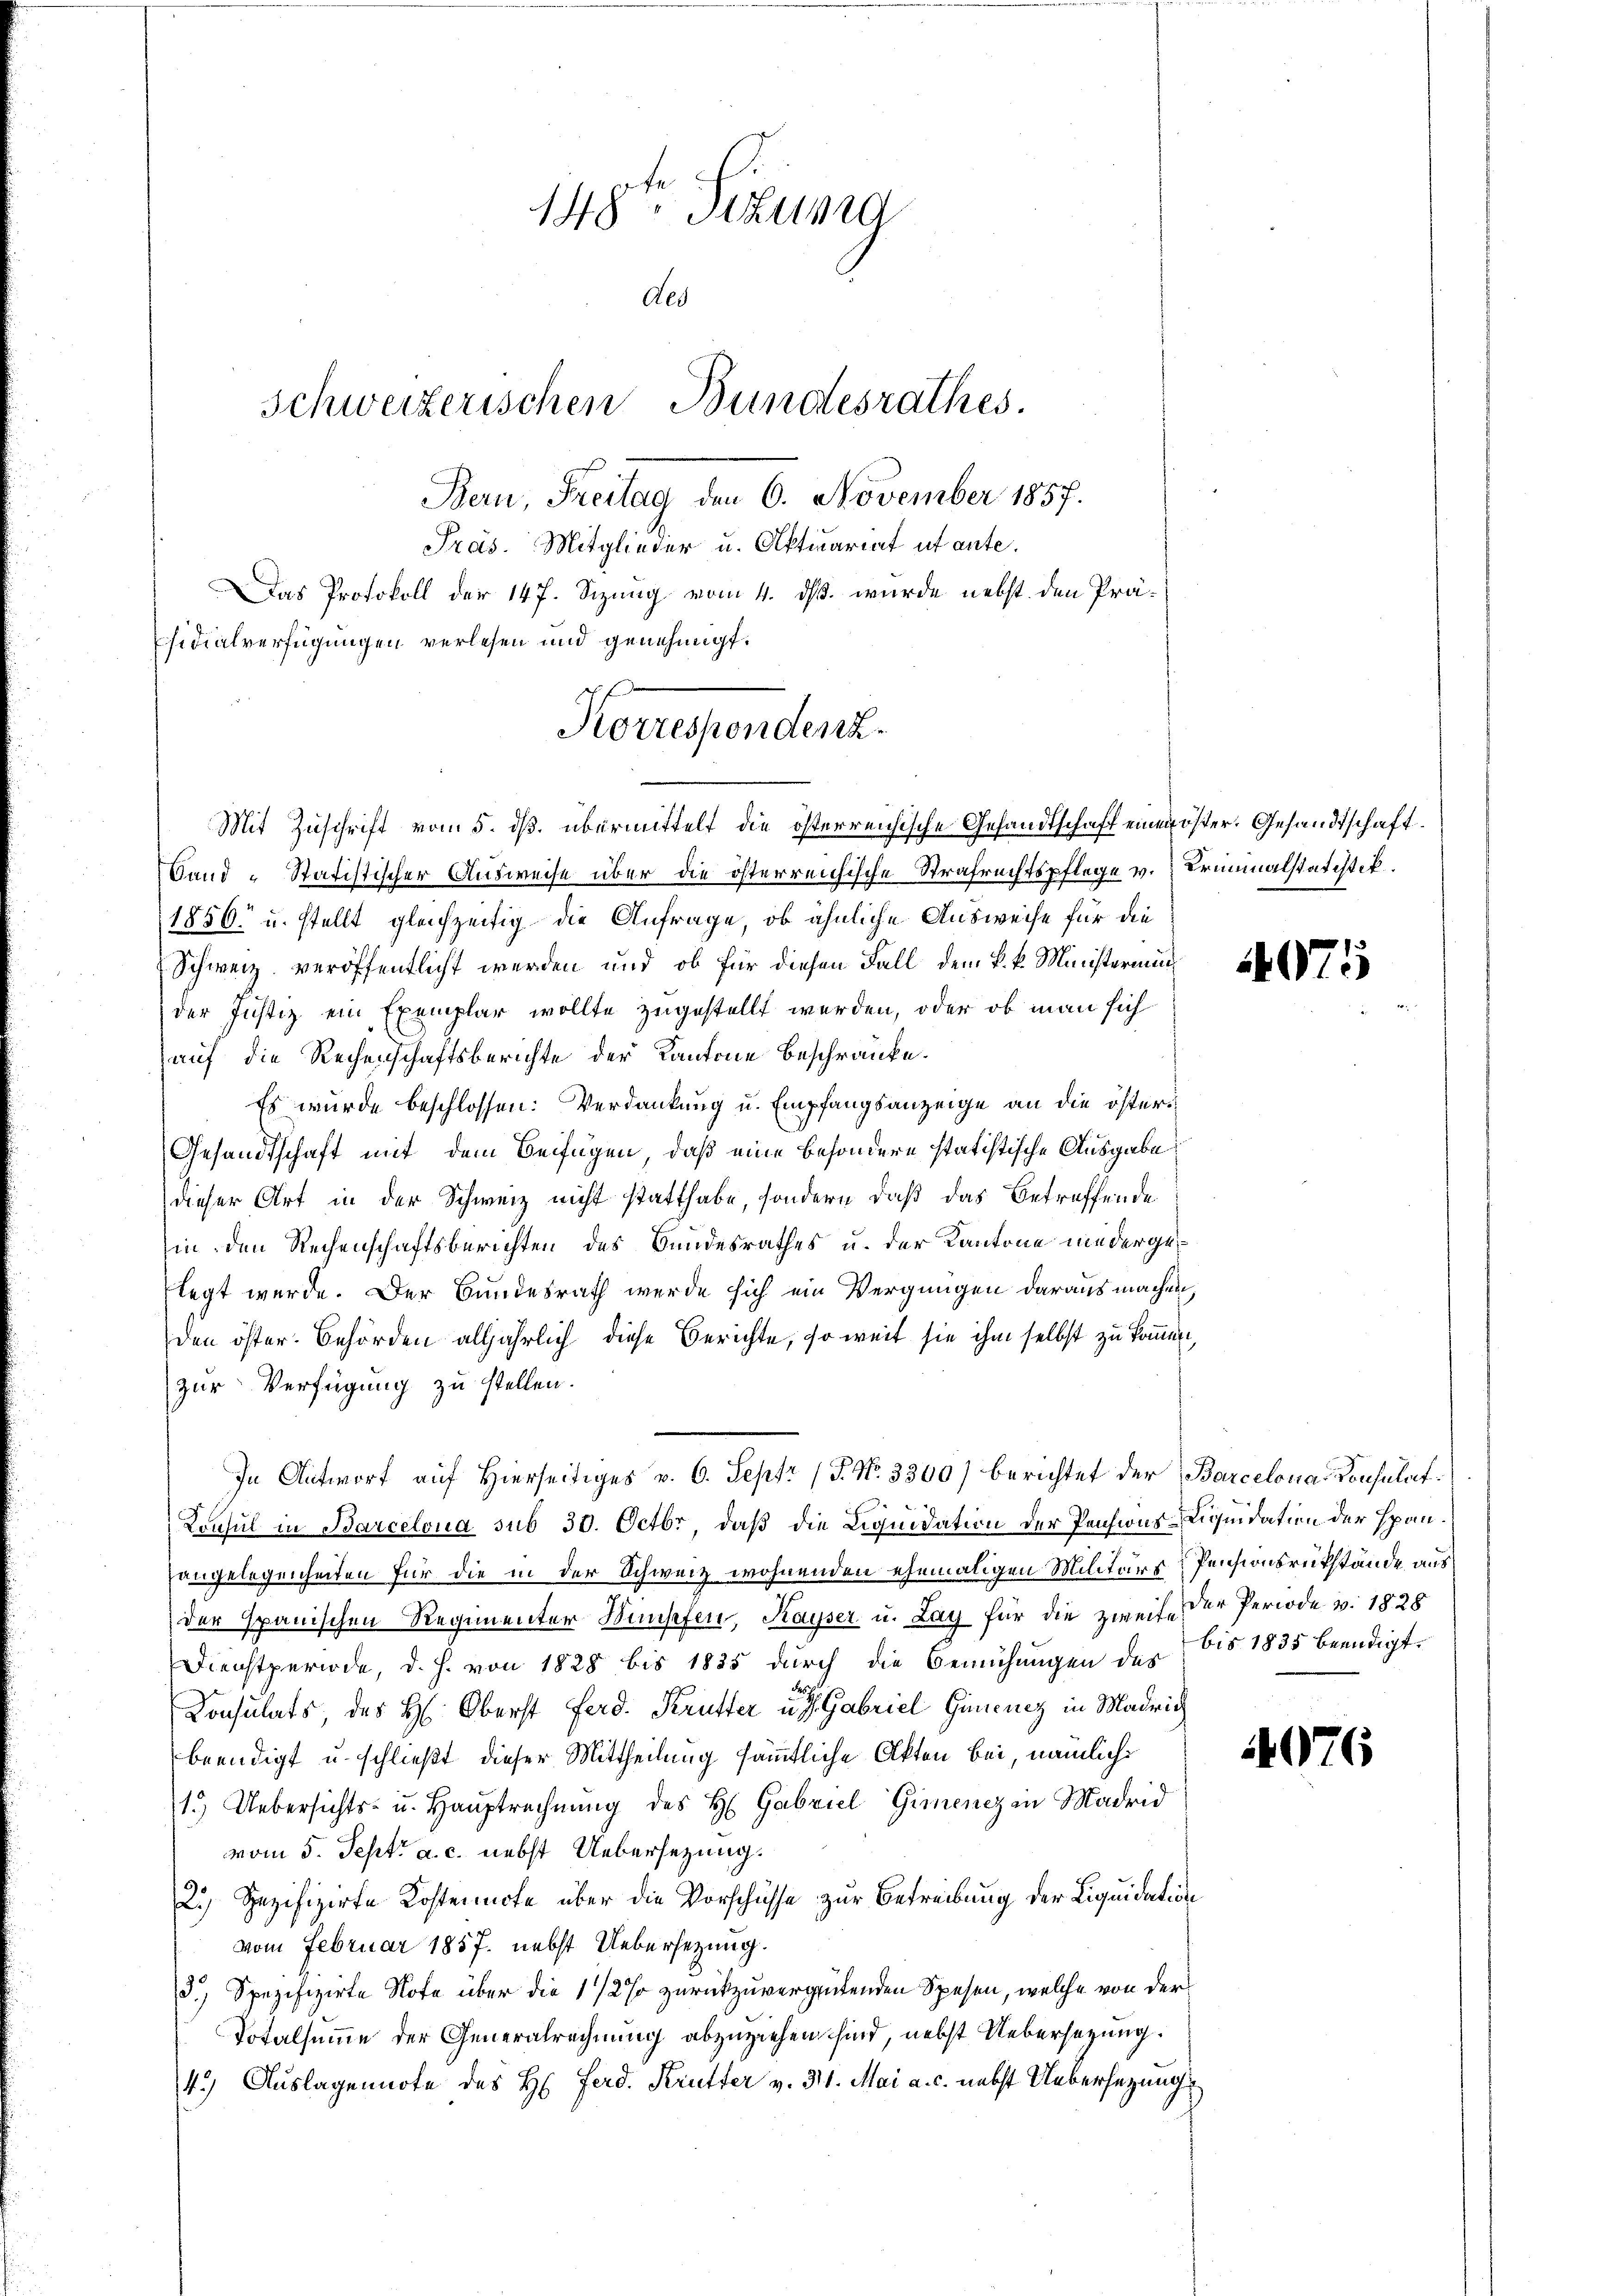
148 Sizung
Aes
Schweizerischen Bundesrathes.
Bern, Freitag den 6. November 1857.
Präs. Mitglieder u. Aktuariat ut ante.
Das Protokoll der 147. Sizung vom 4. ds. wurde nebst den Präsidialverfügungen verlesen und genehmigt.

Korrespondenz.

Mit Zuschrift vom 5. ds. übermittelt die österreichische Gesandtschaft einer öster. Gesandtschaft¬
Wand-Statistischer Ausweise über die österreichische Strafrechtspflege v. Kriminalstatistik.
1856 u. stellt gleichzeitig die Anfrage, ob ähnliche Ausweise für die
Schweiz veröffentlicht werden und ob für diesen Fall dem k. k. Ministerinn
der Justiz ein Exemplar wollte zugestellt werden, oder ob man sich
auf die Rechenschaftsberichte der Kantone beschränke.
Es wurde beschlossen: Verdankung u. Empfangsanzeige an die österi¬
Gesandtschaft mit dem Beifügen, daß eine besondere statistische Ausgabe
dieser Art in der Schweiz nicht statthabe, sondern daß das Betreffende
in den Rechenschaftsberichten des Bundesrathes u. der Kantone niedergelegt werde. Der Bundesrath werde sich ein Vergnügen daraus machen,
den öster. Behörden alljährlich diese Berichte, so weit sie ihm selbst zu kommen,
zur Verfügung zu stellen.
Konsul in Barcelona sub 30. Octbr, daß die Liquidation der Pensions-Liquidation der Spanangelegenheiten für die in der Schweiz wohnenden ehemaligen Militärs-Pensionsrükstände aus
der Spanischen Regimenter Wunschen, Kayser u. Lag für die zweife der Periode v. 1828
Dienstperiode, d. h. von 1828 bis 1825 durch die Bemühungen des bis 1835 beendigt.
Konsulats, des H: Oberst Ferd. Kruster u. s. Gabriel Generey in Madrich
beendigt u. schließt dieser Mittheilung sämmtliche Akten bei, nämliche
1.) Uebersichts- u. Hauptrechnung des H. Gabriel Gimenz in Madrid
vom 5. Sept. a. c. nebst Uebersezung.
2.) Spezifizirte Kostennote über die Vorschüsse zur Betreibung der Liquidation
vom Februar 1857. nebst Uebersetzung.
.) Spezifizirte Note über die 1 1/2% zurückzuvergütenden Spesen, welche von der
Totalsumme der Generalrechnung abzuziehen sind, nebst Uebersetzung.
4.) Auslagennote des H. Ferd. Krutter v. 311. Mai a. c. nebst Uebersezungs

In Antwort auf Hierseitiges v. 6. Sept. (T. No. 3300) berichtet der Barcelona Konsulat

1075

1076